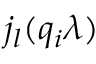
{ j _ { l } } ( q _ { i } \lambda )